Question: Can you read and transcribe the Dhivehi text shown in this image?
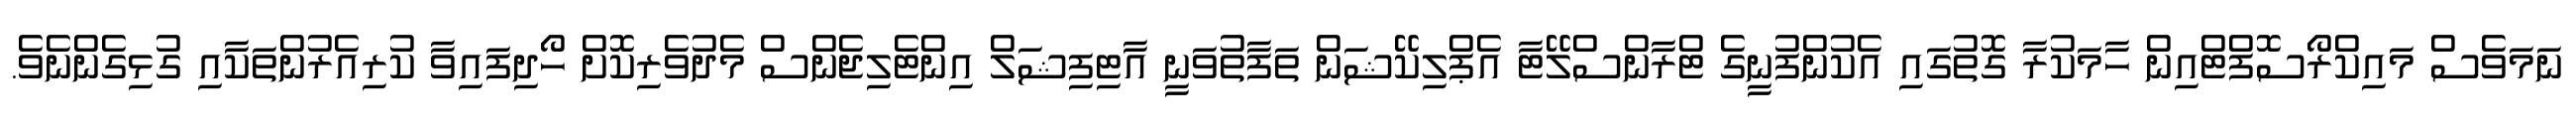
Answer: ނަމަވެސް މައިކްރޯސޮފްޓްއިން ހާމަކުރާ ގޮތުގައި އެކުންފުނީގެ ޓްރާންސްލޭޓާ އެޕްލިކޭޝަން ތަފާތުވަނީ އާޓިފިޝަލް އިންޓެލިޖެންސް މެދުވެރިކޮށް ހޯދިފައިވާ ކުރިއެރުންތަކާއި ގުޅިގެންނެވެ.